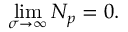
\operatorname* { l i m } _ { \sigma \to \infty } N _ { p } = 0 .